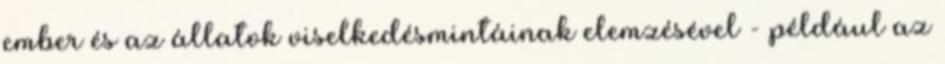
ember és az állatok viselkedésmintáinak elemzésével - például az